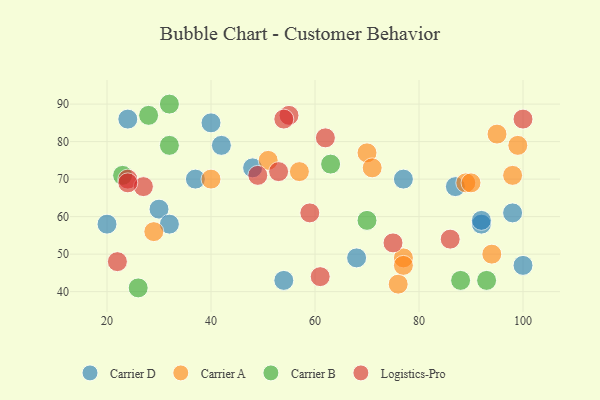
{"axis": {"x": "GDP", "y": "Life Expectancy"}, "legend": ["Carrier A", "Carrier B", "Carrier D", "Logistics-Pro"], "data": [{"x": "77", "y": 70, "type": "Carrier D"}, {"x": "68", "y": 49, "type": "Carrier D"}, {"x": "92", "y": 58, "type": "Carrier D"}, {"x": "92", "y": 59, "type": "Carrier D"}, {"x": "87", "y": 68, "type": "Carrier D"}, {"x": "98", "y": 61, "type": "Carrier D"}, {"x": "37", "y": 70, "type": "Carrier D"}, {"x": "40", "y": 85, "type": "Carrier D"}, {"x": "42", "y": 79, "type": "Carrier D"}, {"x": "100", "y": 47, "type": "Carrier D"}, {"x": "30", "y": 62, "type": "Carrier D"}, {"x": "48", "y": 73, "type": "Carrier D"}, {"x": "54", "y": 43, "type": "Carrier D"}, {"x": "20", "y": 58, "type": "Carrier D"}, {"x": "24", "y": 86, "type": "Carrier D"}, {"x": "32", "y": 58, "type": "Carrier D"}, {"x": "94", "y": 50, "type": "Carrier A"}, {"x": "89", "y": 69, "type": "Carrier A"}, {"x": "77", "y": 49, "type": "Carrier A"}, {"x": "57", "y": 72, "type": "Carrier A"}, {"x": "99", "y": 79, "type": "Carrier A"}, {"x": "51", "y": 75, "type": "Carrier A"}, {"x": "76", "y": 42, "type": "Carrier A"}, {"x": "90", "y": 69, "type": "Carrier A"}, {"x": "95", "y": 82, "type": "Carrier A"}, {"x": "70", "y": 77, "type": "Carrier A"}, {"x": "77", "y": 47, "type": "Carrier A"}, {"x": "98", "y": 71, "type": "Carrier A"}, {"x": "71", "y": 73, "type": "Carrier A"}, {"x": "40", "y": 70, "type": "Carrier A"}, {"x": "29", "y": 56, "type": "Carrier A"}, {"x": "32", "y": 90, "type": "Carrier B"}, {"x": "26", "y": 41, "type": "Carrier B"}, {"x": "63", "y": 74, "type": "Carrier B"}, {"x": "23", "y": 71, "type": "Carrier B"}, {"x": "70", "y": 59, "type": "Carrier B"}, {"x": "88", "y": 43, "type": "Carrier B"}, {"x": "32", "y": 79, "type": "Carrier B"}, {"x": "28", "y": 87, "type": "Carrier B"}, {"x": "93", "y": 43, "type": "Carrier B"}, {"x": "55", "y": 87, "type": "Logistics-Pro"}, {"x": "54", "y": 86, "type": "Logistics-Pro"}, {"x": "59", "y": 61, "type": "Logistics-Pro"}, {"x": "22", "y": 48, "type": "Logistics-Pro"}, {"x": "24", "y": 70, "type": "Logistics-Pro"}, {"x": "49", "y": 71, "type": "Logistics-Pro"}, {"x": "75", "y": 53, "type": "Logistics-Pro"}, {"x": "27", "y": 68, "type": "Logistics-Pro"}, {"x": "100", "y": 86, "type": "Logistics-Pro"}, {"x": "61", "y": 44, "type": "Logistics-Pro"}, {"x": "53", "y": 72, "type": "Logistics-Pro"}, {"x": "86", "y": 54, "type": "Logistics-Pro"}, {"x": "24", "y": 69, "type": "Logistics-Pro"}, {"x": "62", "y": 81, "type": "Logistics-Pro"}]}